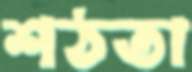
শঠতা